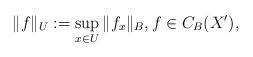
LaTeX: \begin{align*}\|f\|_{U}:=\sup_{x\in U}\|f_x\|_B, f\in C_B(X'),\end{align*}